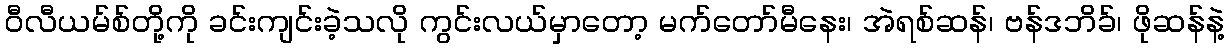
ဝီလီယမ်စ်တို့ကို ခင်းကျင်းခဲ့သလို ကွင်းလယ်မှာတော့ မက်တော်မီနေး၊ အဲရစ်ဆန်၊ ဗန်ဒဘိခ်၊ ဖိုဆန်နဲ့